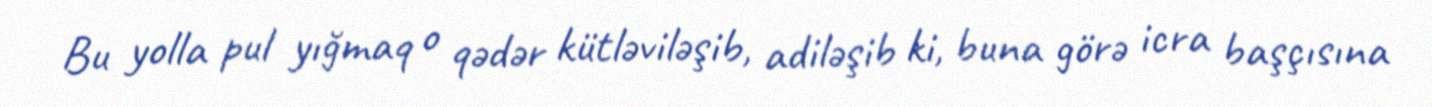
Bu yolla pul yığmaq o qədər kütləviləşib, adiləşib ki, buna görə icra başçısına